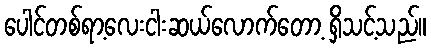
ပေါင်တစ်ရာ့လေးငါးဆယ်လောက်တော့ ရှိသင့်သည်။